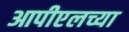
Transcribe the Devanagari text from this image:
आपीएलच्या